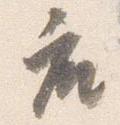
座